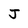
Character: J